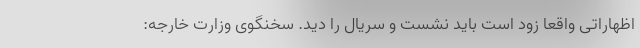
اظهاراتی واقعا زود است باید نشست و سریال را دید. سخنگوی وزارت خارجه: